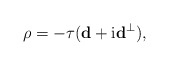
\begin{align*} \rho=-\tau(\mathbf{d}+\mathrm{i} \mathbf{d}^{\perp}), \end{align*}